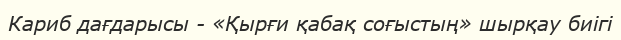
Кариб дағдарысы - «Қырғи қабақ соғыстың» шырқау биігі